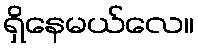
ရှိနေမယ်လေ။